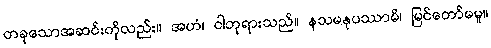
တခုသောအဆင်းကိုလည်း။ အဟံ၊ ငါဘုရားသည်။ နသမနုပဿာမိ၊ မြင်တော်မမူ။